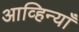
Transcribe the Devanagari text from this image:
आव्हिन्याँ